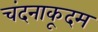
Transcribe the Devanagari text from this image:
चंदनाकूदम